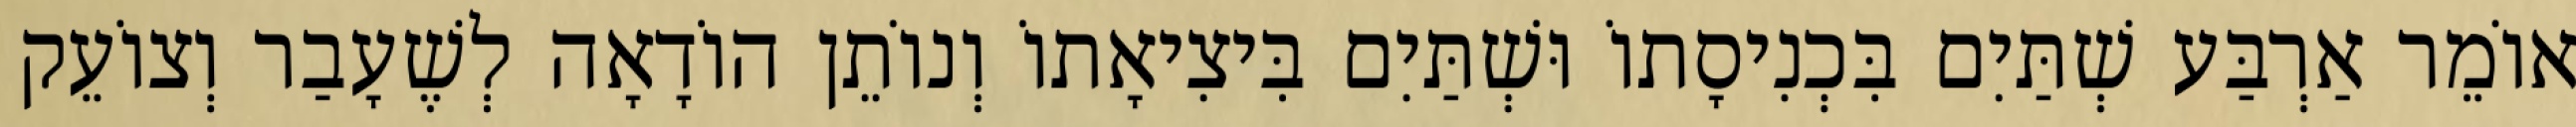
אוֹמֵר אַרְבַּע שְׁתַּיִם בִּכְנִיסָתוֹ וּשְׁתַּיִם בִּיצִיאָתוֹ וְנוֹתֵן הוֹדָאָה לְשֶׁעָבַר וְצוֹעֵק